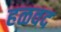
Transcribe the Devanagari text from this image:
हळवद